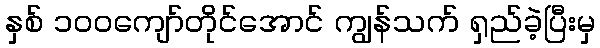
နှစ် ၁၀၀ကျော်တိုင်အောင် ကျွန်သက် ရှည်ခဲ့ပြီးမှ